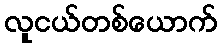
လူငယ်တစ်ယောက်